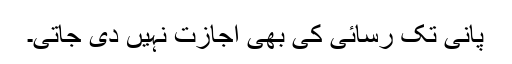
پانی تک رسائی کی بھی اجازت نہیں دی جاتی۔